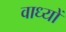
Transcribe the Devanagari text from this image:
वाध्यों